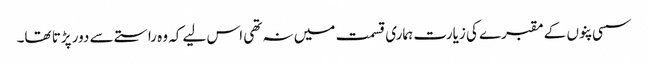
سسی پنوں کے مقبرے کی زیارت ہماری قسمت میں نہ تھی اس لیے کہ وہ راستے سے دور پڑتا تھا۔